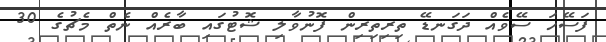
ފަސޭހަ ސޭވެއް ދަގަނޑޭ ތިރިތިރިން ފޮނުވާލި ޝޮޓުގައި ބާރެއް ނެތް މެޗުގެ 30